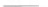
___